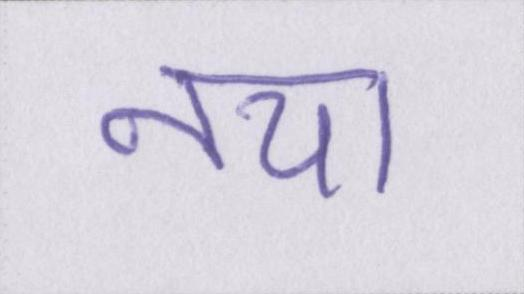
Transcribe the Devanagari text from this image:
नया